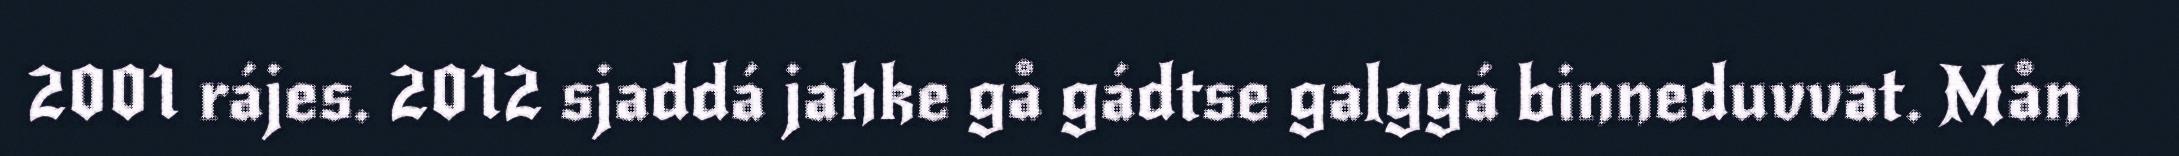
2001 rájes. 2012 sjaddá jahke gå gádtse galggá binneduvvat. Mån